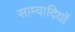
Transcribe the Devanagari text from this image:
साम्वादियों